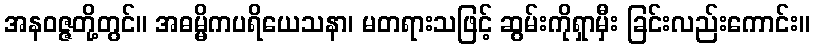
အနဝဇ္ဇတို့တွင်။ အဓမ္မိကပရိယေသနာ၊ မတရားသဖြင့် ဆွမ်းကိုရှာမှီး ခြင်းလည်းကောင်း။